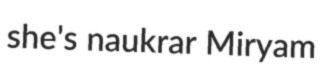
she's naukrar Miryam